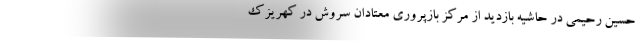
حسین رحیمی در حاشیه بازدید از مرکز بازپروری معتادان سروش در کهریزک